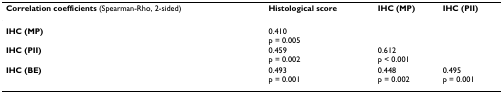
<table><thead><tr><td><b>Correlation coefficients (Spearman-Rho, 2-sided)</b></td><td><b>Histological score</b></td><td><b>IHC (MP)</b></td><td><b>IHC (PII)</b></td></tr></thead><tbody><tr><td><b>IHC (MP)</b></td><td>0.410p = 0.005</td><td></td><td></td></tr><tr><td><b>IHC (PII)</b></td><td>0.459p = 0.002</td><td>0.612p &lt; 0.001</td><td></td></tr><tr><td><b>IHC (BE)</b></td><td>0.493p = 0.001</td><td>0.448p = 0.002</td><td>0.495p = 0.001</td></tr></tbody></table>